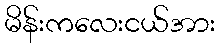
မိန်းကလေးငယ်အား